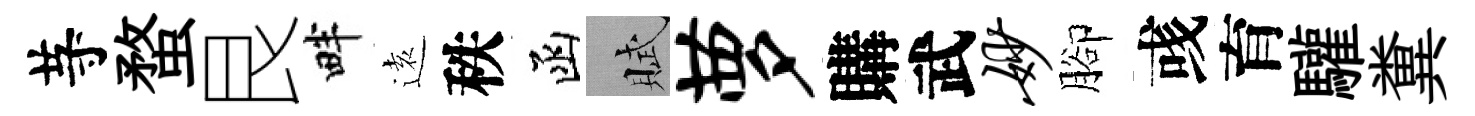
䒭蝥艮畔逺秩函賦萝購武妙腳彧育驩糞